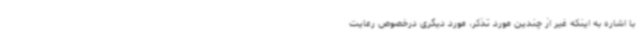
با اشاره به اینکه غیر از چندین مورد تذکر، مورد دیگری درخصوص رعایت